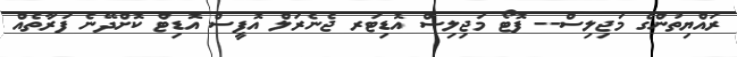
ރައްޔިތުންގެ މަޖިލިސް-- ފޮޓޯ މަޖިލިސް އޮޑިޓަރ ޖެނެރަލް އޮފީސް އޮޑިޓް ކޮށްދޭނެ ފަރާތެއް